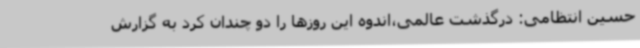
حسین انتظامی: درگذشت عالمی،اندوه این روزها را دو چندان کرد به گزارش